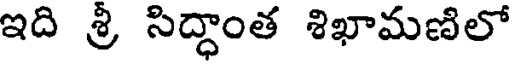
ఇది శ్రీ సిద్ధాంత శిఖామణిలో